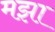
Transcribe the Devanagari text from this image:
मझा